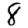
Digit: 8